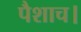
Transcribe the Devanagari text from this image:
पैशाच।